Elephants and their diseases
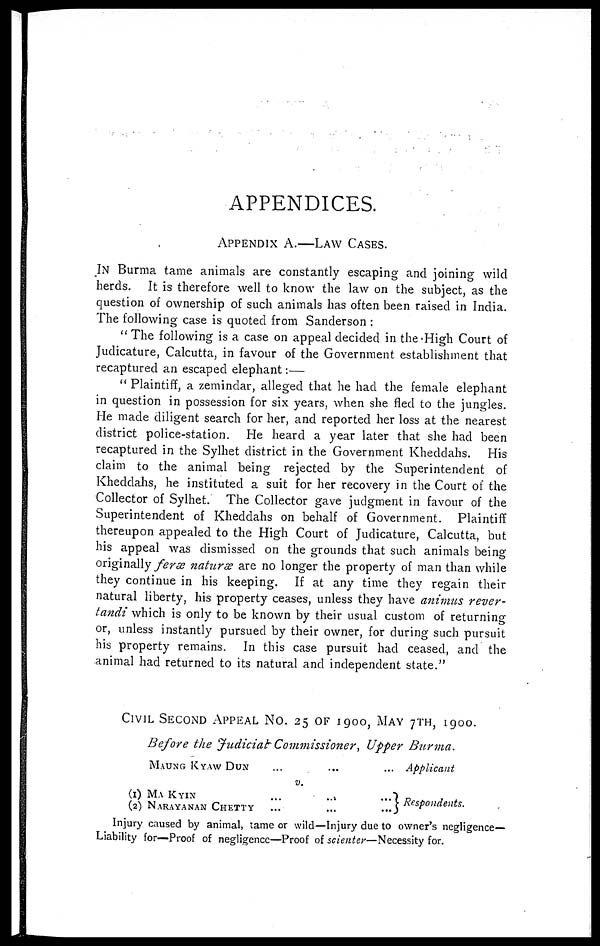
APPENDICES.
APPENDIX A.—LAW CASES.
IN Burma tame animals are constantly escaping and joining wild
herds. It is therefore well to know the law on the subject, as the
question of ownership of such animals has often been raised in India.
The following case is quoted from Sanderson :
"The following is a case on appeal decided in the High Court of
Judicature, Calcutta, in favour of the Government establishment that
recaptured an escaped elephant:—
"Plaintiff, a zemindar, alleged that he had the female elephant
in question in possession for six years, when she fled to the jungles.
He made diligent search for her, and reported her loss at the nearest
district police-station. He heard a year later that she had been
recaptured in the Sylhet district in the Government Kheddahs. His
claim to the animal being rejected by the Superintendent of
Kheddahs, he instituted a suit for her recovery in the Court of the
Collector of Sylhet. The Collector gave judgment in favour of the
Superintendent of Kheddahs on behalf of Government. Plaintiff
thereupon appealed to the High Court of Judicature, Calcutta, but
his appeal was dismissed on the grounds that such animals being
originally feræ naturæ are no longer the property of man than while
they continue in his keeping. If at any time they regain their
natural liberty, his property ceases, unless they have animus rever-
tandi which is only to be known by their usual custom of returning
or, unless instantly pursued by their owner, for during such pursuit
his property remains. In this case pursuit had ceased, and the
animal had returned to its natural and independent state."
CIVIL SECOND APPEAL NO. 25 OF 1900, MAY 7TH,
1900.
Before the Judicial Commissioner, Upper Burma.
MAUNG KYAW DUN...
(1) MA KYIN...
(2) NARAYANAN CHETTY
... Applicant
Respondents.
Injury caused by animal, tame or wild—Injury due to owner's negligence-
Liability for—Proof of negligence—Proof of scienter—Necessity for.